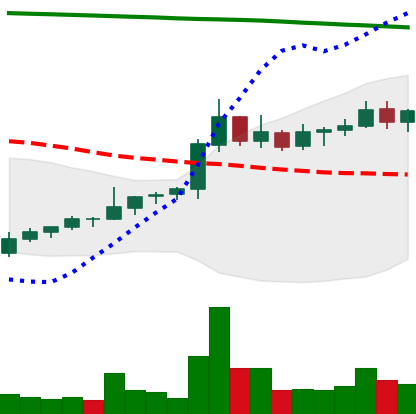
Ticker: NEO-USD
Chart end date: 2021-08-09
Forward return: 19.688%
Label: up_7plus